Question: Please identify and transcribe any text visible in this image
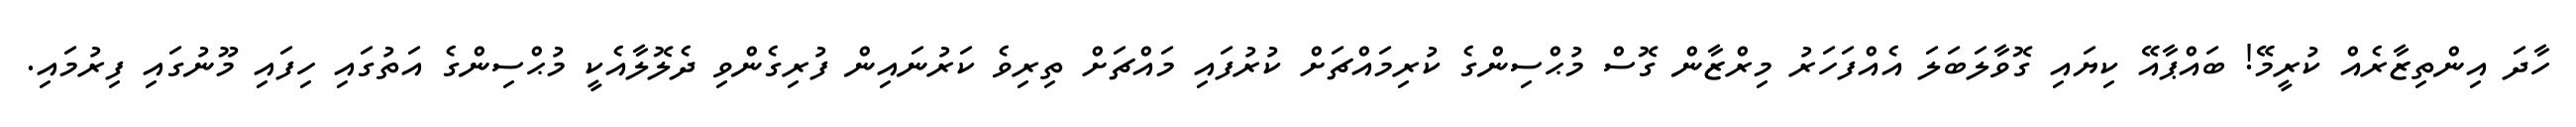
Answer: ހާދަ އިންތިޒާރެއް ކުރީމޭ! ބައްޕާއޭ ކިޔައި ގޮވާލަބަލަ އެއްފަހަރު މިރްޒާން ގޮސް މުޙްސިންގެ ކުރިމައްޗަށް ކުރުފައި މައްޗަށް ތިރިވެ ކަރުނައިން ފުރިގެންވި ދެލޮލާއެކީ މުޙްސިންގެ އަތުގައި ހިފައި މޫނުގައި ފިރުމައި.